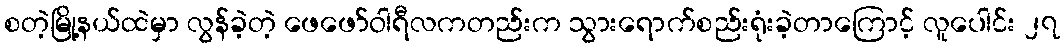
စတဲ့မြို့နယ်ထဲမှာ လွန်ခဲ့တဲ့ ဖေဖော်ဝါရီလကတည်းက သွားရောက်စည်းရုံးခဲ့တာကြောင့် လူပေါင်း ၂၇